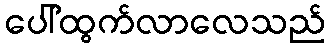
ပေါ်ထွက်လာလေသည်